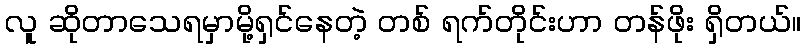
လူ ဆိုတာသေရမှာမို့ရှင်နေတဲ့ တစ် ရက်တိုင်းဟာ တန်ဖိုး ရှိတယ်။